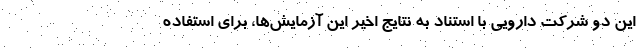
این دو شرکت دارویی با استناد به نتایج اخیر این آزمایش‌ها، برای استفاده